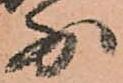
少